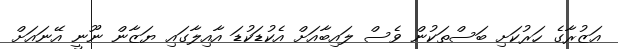
އަޒުރާގެ ހަރުކަށި ބަސްތަކުން ވެސް ލައިބާއަށް އެކުޑަކުޑަ އާއިލާގައި ޔަޒާން ނޫނީ އޭނައަށް